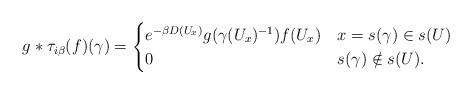
LaTeX: \begin{align*}g*\tau_{i\beta}(f)(\gamma)&=\begin{cases}e^{-\beta D(U_x)}g(\gamma(U_x)^{-1})f(U_x)&x=s(\gamma)\in s(U)\\0&s(\gamma)\notin s(U).\\\end{cases}\end{align*}